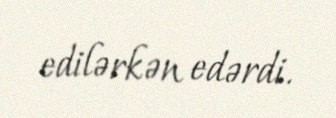
edilərkən edərdi.